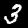
Label: 3